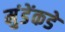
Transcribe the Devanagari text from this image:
मुंडेंकडे